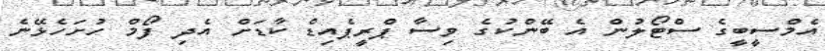
އެމްސީބީގެ ސްޓޯލުން އެ ބޭންކުގެ ވިސާ ޕްރީޕެއިޑް ކާޑަށް އެދި ފޯމް ހުށަހެޅޭނެ